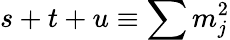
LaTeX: s+t+u\equiv\sum m_{j}^{2}